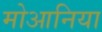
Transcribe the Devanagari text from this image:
मोआनिया